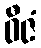
ဝီဇံ